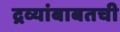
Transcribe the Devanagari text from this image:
द्रव्यांबाबतची